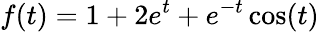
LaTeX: f(t)=1+2e^{t}+e^{-t}\cos(t)